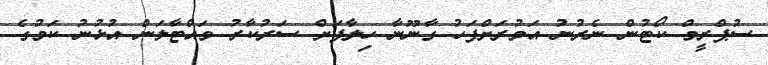
ސުޕްރީމް ކޯޓުން ނެރުނު އަމުރަށްފަހު ގާނޫނާ ހިލާފަށް ސަރުކާރު ވައްޓާލަން އުޅުނު ކަމުގެ